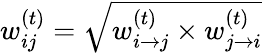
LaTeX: w_{ij}^{(t)}=\sqrt{w_{i\rightarrow j}^{(t)}\times w_{j\rightarrow i}^{(t)}}